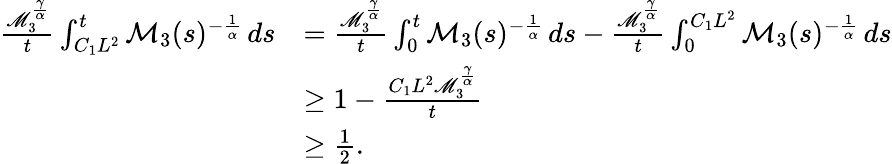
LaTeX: \begin{array}{rl}{\frac{\mathscr{M}_{3}^{\frac{\gamma}{\alpha}}}{t}\int_{C_{1}L^{2}}^{t}\mathcal{M}_{3}(s)^{-\frac{1}{\alpha}}\, ds}&{=\frac{\mathscr{M}_{3}^{\frac{\gamma}{\alpha}}}{t}\int_{0}^{t}\mathcal{M}_{3}(s)^{-\frac{1}{\alpha}}\, ds-\frac{\mathscr{M}_{3}^{\frac{\gamma}{\alpha}}}{t}\int_{0}^{C_{1}L^{2}}\mathcal{M}_{3}(s)^{-\frac{1}{\alpha}}\, ds}\\ &{\geq 1-\frac{C_{1}L^{2}\mathscr{M}_{3}^{\frac{\gamma}{\alpha}}}{t}}\\ &{\geq\frac{1}{2}.}\end{array}